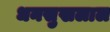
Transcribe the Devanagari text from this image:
धनसुखलाल